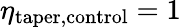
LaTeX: \eta_{\mathrm{taper,control}}=1